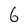
Character: 6